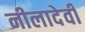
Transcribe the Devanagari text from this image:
नीलादेवी